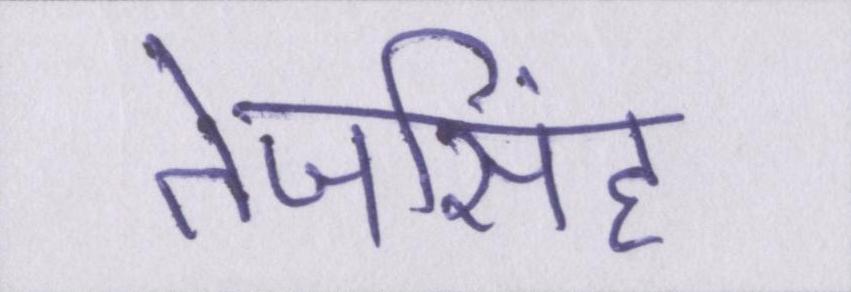
तेजसिंह